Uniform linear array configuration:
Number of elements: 64
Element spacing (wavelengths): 0.5
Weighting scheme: hamming
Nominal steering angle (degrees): -60
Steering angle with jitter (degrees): -61.179
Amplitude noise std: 0.05
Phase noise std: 0.05

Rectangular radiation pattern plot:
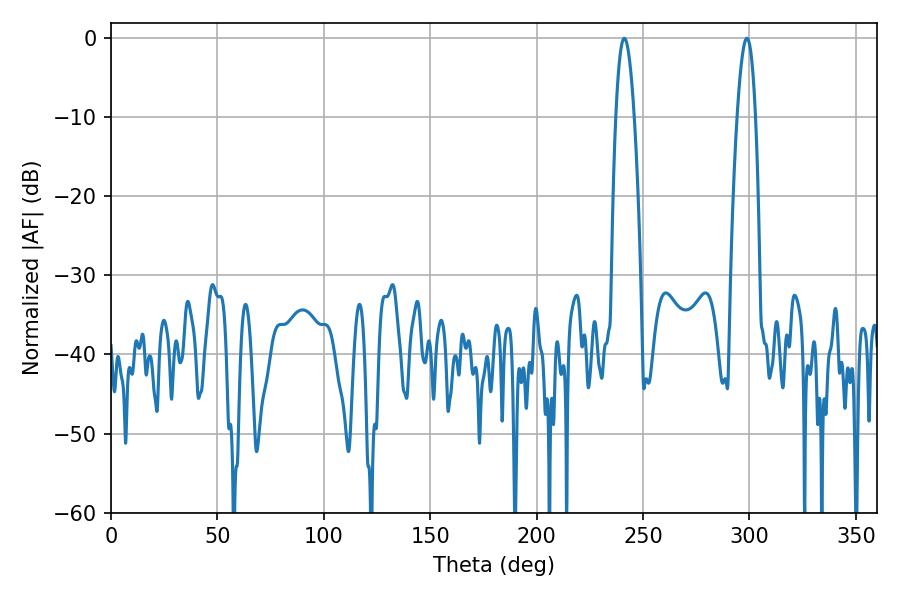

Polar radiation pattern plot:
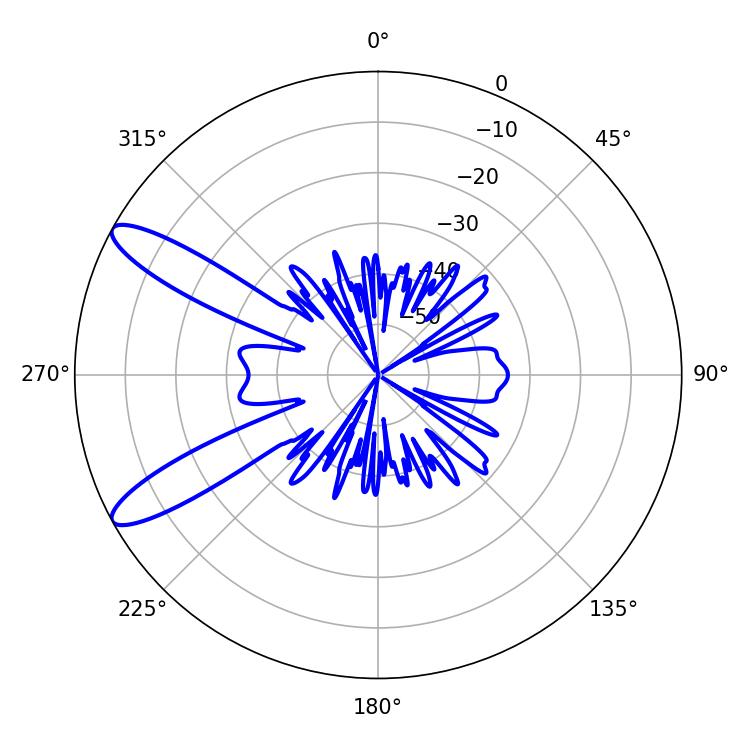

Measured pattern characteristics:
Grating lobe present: FALSE
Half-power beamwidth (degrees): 4.86
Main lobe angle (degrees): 241.2